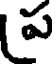
ప